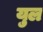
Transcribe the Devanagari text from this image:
युल